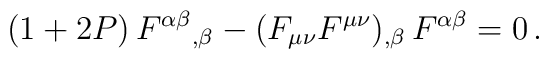
(1+2P) \, {F^{\alpha\beta}}_{,\beta} - (F_{\mu\nu}F^{\mu\nu})_{,\beta} \, F^{\alpha\beta} = 0 \, .